Vaccination in Burma 1889-1999 - 1889-1999
Year: 1889
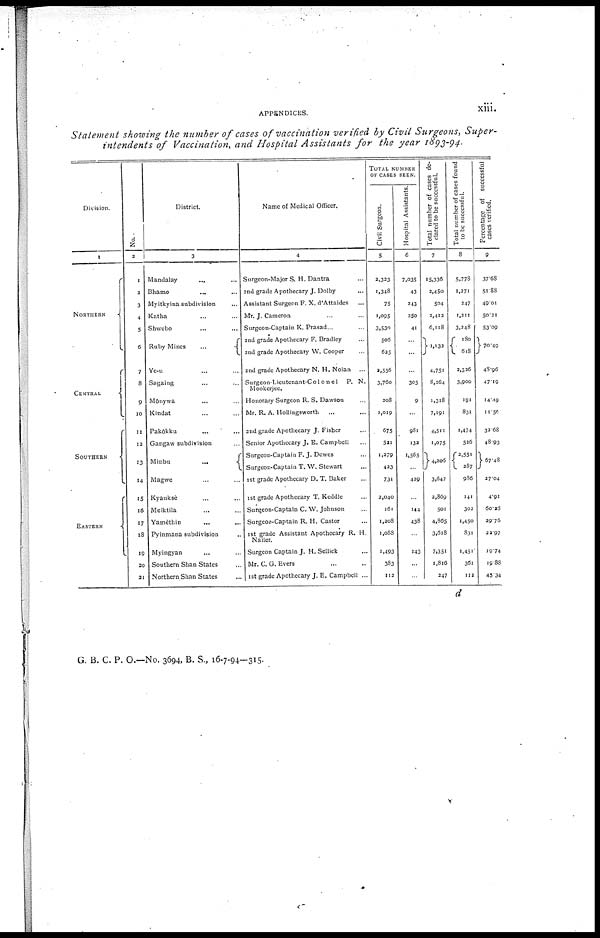
APPENDICES.
xiii.
Statement showing the number of cases of vaccination verified by Civil Surgeons, Super-
intendents of Vaccination, and Hospital Assistants for the year 1893-94.
Division.
1
NORTHERN
CENTRAL
SOUTHERN
EASTERN
No.
2
1
2
3
4
5
6
7
8
9
10
11
12
13
14
15
16
17
18
19
20
21
District.
3
Mandalay ... ...
Bhamo ... ...
Myitkyina subdivision ...
Katha ... ...
Shwebo ... ...
Ruby Mines
...
Ye-u ...
Sagaing ... ...
Mônywa
... ...
Kindat ... ...
Pakôkku ... ...
Gangaw subdivision ...
Minbu
...
Magwe ... ...
Kyauksè ... ...
Meiktila ... ...
Yamèthin ... ...
Pyinmana subdivision ...
Myingyan ... ...
Southern Shan States ...
Northern Shan States ...
Name of Medical Officer.
4
Surgeon-Major S. H. Dantra ...
2nd grade Apothecary J. Dolby ...
Assistant Surgeon F. X. d'Attaides
Mr. J. Cameron ... ...
Surgeon-Captain K. Prasad...
2nd grade Apothecary F. Bradley
and grade Apothecary W. Cooper
and grade Apothecary N. H. Nolan ...
Surgeon-Lieutenant-Co1one1 P. N.
Mookerjee.
Honorary Surgeon R. S. Dawson ...
Mr. R. A. Hollingsworth ... ...
2nd grade Apothecary J. Fisher ...
Senior Apothccary J. E. Campbell ...
Surgeon-Captain F. J. Dewes ...
Surgeon-Captain T. W. Stewart ...
1st grade Apothecary D. T. Baker ...
1st grade Apothecary T. Keddle ...
Surgeon-Captain C. W. Johnson ...
Surgeon-Captain R. H. Castor ...
1st grade Assistant Apothecary R. H.
Nailer.
Surgeon Captain J. H. Sellick ...
Mr. C. G. Evers ... ...
1st grade Apothecary J. E. Campbell ...
TOTAL NUMBER
OF CASES SEEN.
Civil Surgeon.
5
2,323
1,348
75
1,095
3,530
505
625
2,556
3,760
208
1,019
675
521
1,279
423
731
2,040
161
1,208
1,088
1,493
383
112
Hospital Assistants.
6
7,035
43
243
250
41
...
...
...
305
9
...
981
132
1,565
429
...
144
438
...
143
...
...
Total number of cases de-
clared to be successful.
7
15,336
2,450
504
2,412
6,118
1,132
4,751
8,264
1,318
7,191
4,511
1,075
4,206
3,647
2,869
501
4,865
3,618
7,951
1,816
247
Total number of cases found
to be successful.
8
5,778
1,271
247
1,211
3,248
180
618
2,326
3,900
191
831
1,474
526
2,551
287
986
141
302
1,450
831
1,451
361
112
Percentage of successful
cases verified.
9
37.68
51.88
49.01
50.21
53.09
70.49
48.96
47.19
14.49
11.56
32.68
48.93
67.48
27.04
4.91
60.28
29.76
22.97
19.74
19.85
45.34
d
G. B. C. P. O.—No. 3694, B. S., 16-7-94—315.